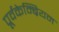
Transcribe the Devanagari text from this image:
पूर्वकेम्ब्रियन